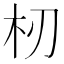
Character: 杒